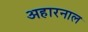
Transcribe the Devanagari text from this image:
अहारनाल